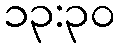
၁၃:၃၀